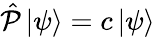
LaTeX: {\hat{\mathcal{P}}}\left|\psi\right\rangle=c\left|\psi\right\rangle